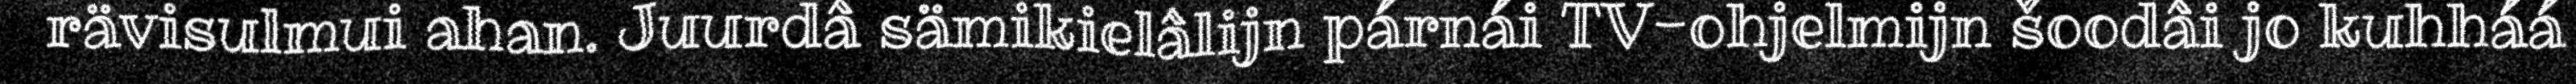
rävisulmui ahan. Juurdâ sämikielâlijn párnái TV-ohjelmijn šoodâi jo kuhháá